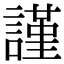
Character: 謹